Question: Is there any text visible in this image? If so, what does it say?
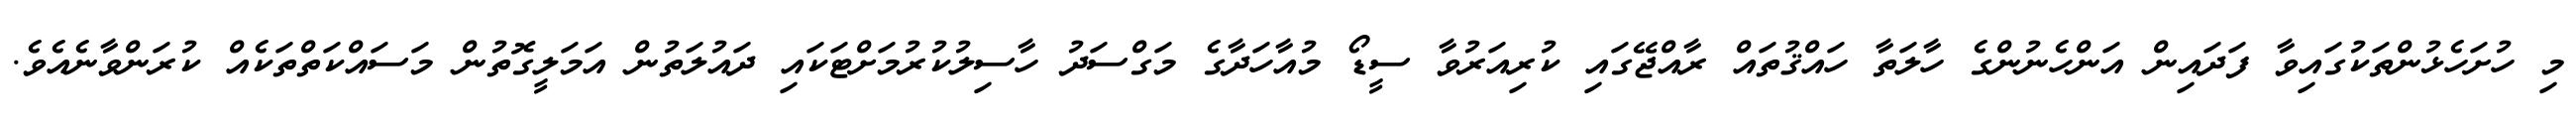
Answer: މި ހުށަހެޅުންތަކުގައިވާ ފަދައިން އަންހެނުންގެ ހާލަތާ ހައްޤުތައް ރާއްޖޭގައި ކުރިއަރުވާ ސީޑޯ މުއާހަދާގެ މަގްސަދު ހާސިލުކުރުމަށްޓަކައި ދައުލަތުން އަމަލީގޮތުން މަސައްކަތްތަކެއް ކުރަންވާނެއެވެ.